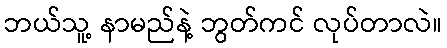
ဘယ်သူ့ နာမည်နဲ့ ဘွတ်ကင် လုပ်တာလဲ။